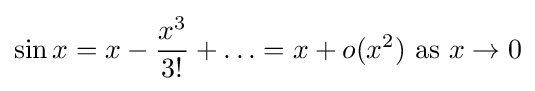
\sin x=x-{\frac {x^{3}}{3!}}+\ldots =x+o(x^{2}){\text{ as }}x\to 0